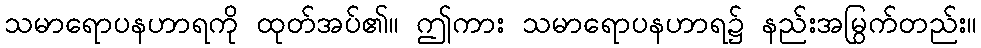
သမာရောပနဟာရကို ထုတ်အပ်၏။ ဤကား သမာရောပနဟာရ၌ နည်းအမြွက်တည်း။